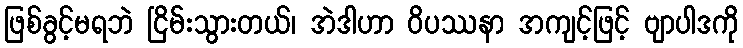
ဖြစ်ခွင့်မရဘဲ ငြိမ်းသွားတယ်၊ အဲဒါဟာ ဝိပဿနာ အကျင့်ဖြင့် ဗျာပါဒကို